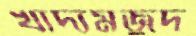
খাদ্যমজুদ